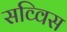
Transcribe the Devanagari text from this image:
सव्विस